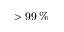
> 9 9 \, \%